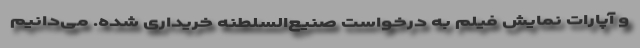
و آپارات نمایش فیلم به درخواست صنیع‌السلطنه خریداری شده. می‌دانیم